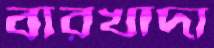
বারখাদা